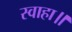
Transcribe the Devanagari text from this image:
स्वाहा॥